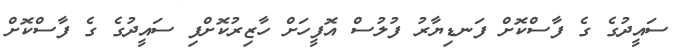
ސައީދުގެ ގެ ފާސްކޮށް ފަނޑިޔާރު ފުލުސް އޮފީހަށް ހާޒިރުކޮށްފި ސައީދުގެ ގެ ފާސްކޮށް